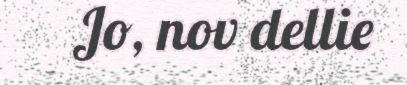
Jo, nov dellie